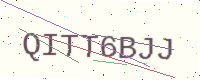
Text: QITT6BJJ